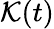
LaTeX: \mathcal{K}(t)